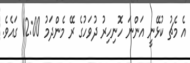
އެ މެޗު ކުޅޭނީ އަންނަ ހޮނިހިރު ދުވަހުގެ ރޭ މެންދަމު 12:00 ގައެވެ.